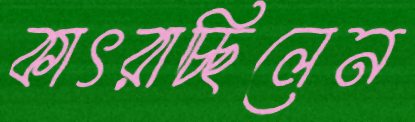
কাৎরাচ্ছিলেন